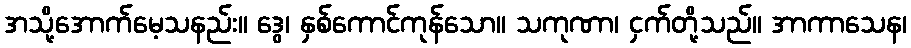
အသို့အောက်မေ့သနည်း။ ဒွေ၊ နှစ်ကောင်ကုန်သော။ သကုဏာ၊ ငှက်တို့သည်။ အာကာသေန၊